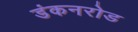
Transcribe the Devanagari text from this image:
डंकनरोड